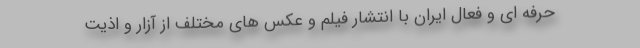
حرفه ای و فعال ایران با انتشار فیلم و عکس های مختلف از آزار و اذیت